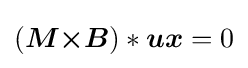
({\boldsymbol {M}}{\boldsymbol {\times }}{\boldsymbol {B}})*{\boldsymbol {ux}}=0